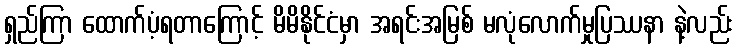
ရှည်ကြာ ထောက်ပံ့ရတာကြောင့် မိမိနိုင်ငံမှာ အရင်းအမြစ် မလုံလောက်မှုပြဿနာ နဲ့လည်း